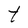
Character: t